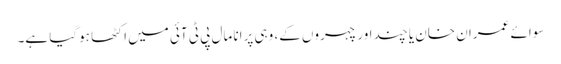
سوائے عمران خان یا چند اور چہروں کے، وہی پرانا مال پی ٹی آئی میں اکٹھا ہوگیا ہے۔